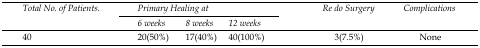
| <ROWSPAN=2> Total No. of Patients. | <COLSPAN=3> Primary Healing at | <ROWSPAN=2> Re do Surgery | <ROWSPAN=2> Complications |
 | 6 weeks | 8 weeks | 12 weeks |
 | --- | --- | --- | --- | --- | --- |
 | 40 | 20(50%) | 17(40%) | 40(100%) | 3(7.5%) | None |